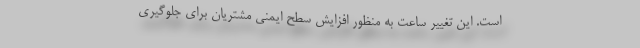
است. این تغییر ساعت به منظور افزایش سطح ایمنی مشتریان برای جلوگیری